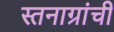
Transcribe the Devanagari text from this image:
स्तनाग्रांची